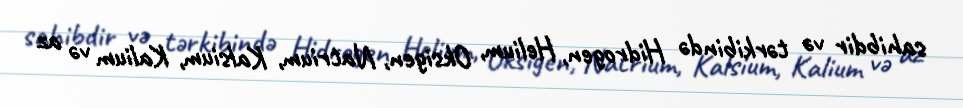
sahibdir və tərkibində Hidrogen, Helium, Oksigen, Natrium, Kalsium, Kalium və az